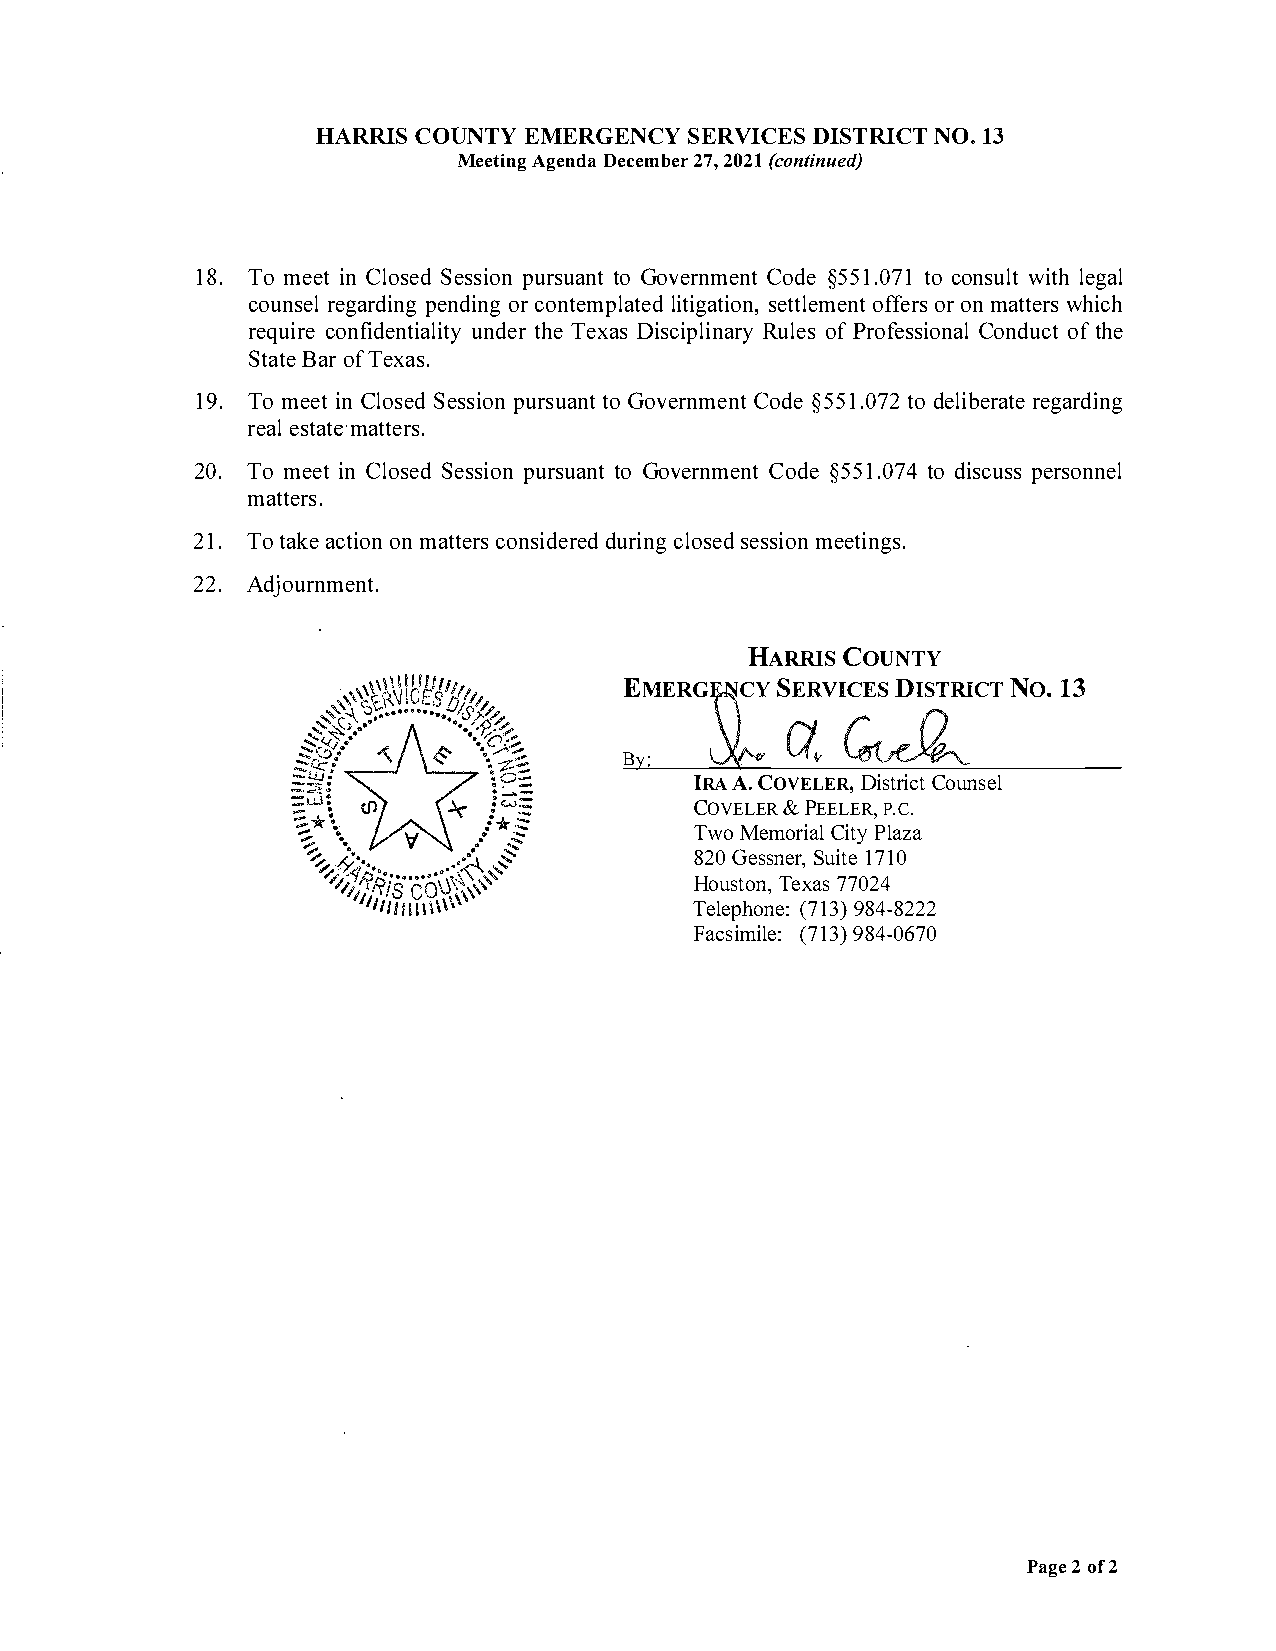
HARRICSO UNTEYM ERGENCSYER  VICEDSI STRINCOT.1 3
 MeetAignnedga D ecem2b7e2,0r 21 ( continued)
 18.Tom  eeitnC loSseesds piuornst uoGa onvte rnCmoed§ne5t 5 1t.oc0 o7n1s wuiltlthe gal
 counsel      regoarcr odnitnegml piplteaintgdeaidtn igoo nff,eo rross nme attttwleherimsce hnt
 requciornefi deunntditeahTrlee i xtDayis s cipRluilonefPas rr oyfe ssCioonndoauftlc h te
 StaBtaoerfT exas.
 19.Tom eeitnC loSseesds piuornst uoGa onvte rnCmoed§ne5t 5 1t.do0e 7l2i rbeegraartdei ng
 reeaslt maattet ers.
 20.Tom eeitnC losSeeds spiuornst uoGa onvte rnCmoed§ne5t 5 1t.od0 i7s4c puesrss onnel
 matters.
 21.Tot aakcet imoant tcoeonrn ss idduerrcielndogs s eesdms eieotni ngs.
 22.Adjournment.
 HARRIS   COUNTY
 No.13
 �YMERG[    SaTicrCT
 IRA  A.  CODVEiLsEtCRro,i ucnts el
 COVEL&EP RE EL,EP R.C.
 Two   MeCmioPtrlyia azla
 82G0e ssSnuei1rt7,e1 0
 HousTteoxn7a,7s 0 24
 Telep(h7o19n38e)4: - 8222
 Facsi(m7i19l38e)4: - 0670
 Pag2eo f2